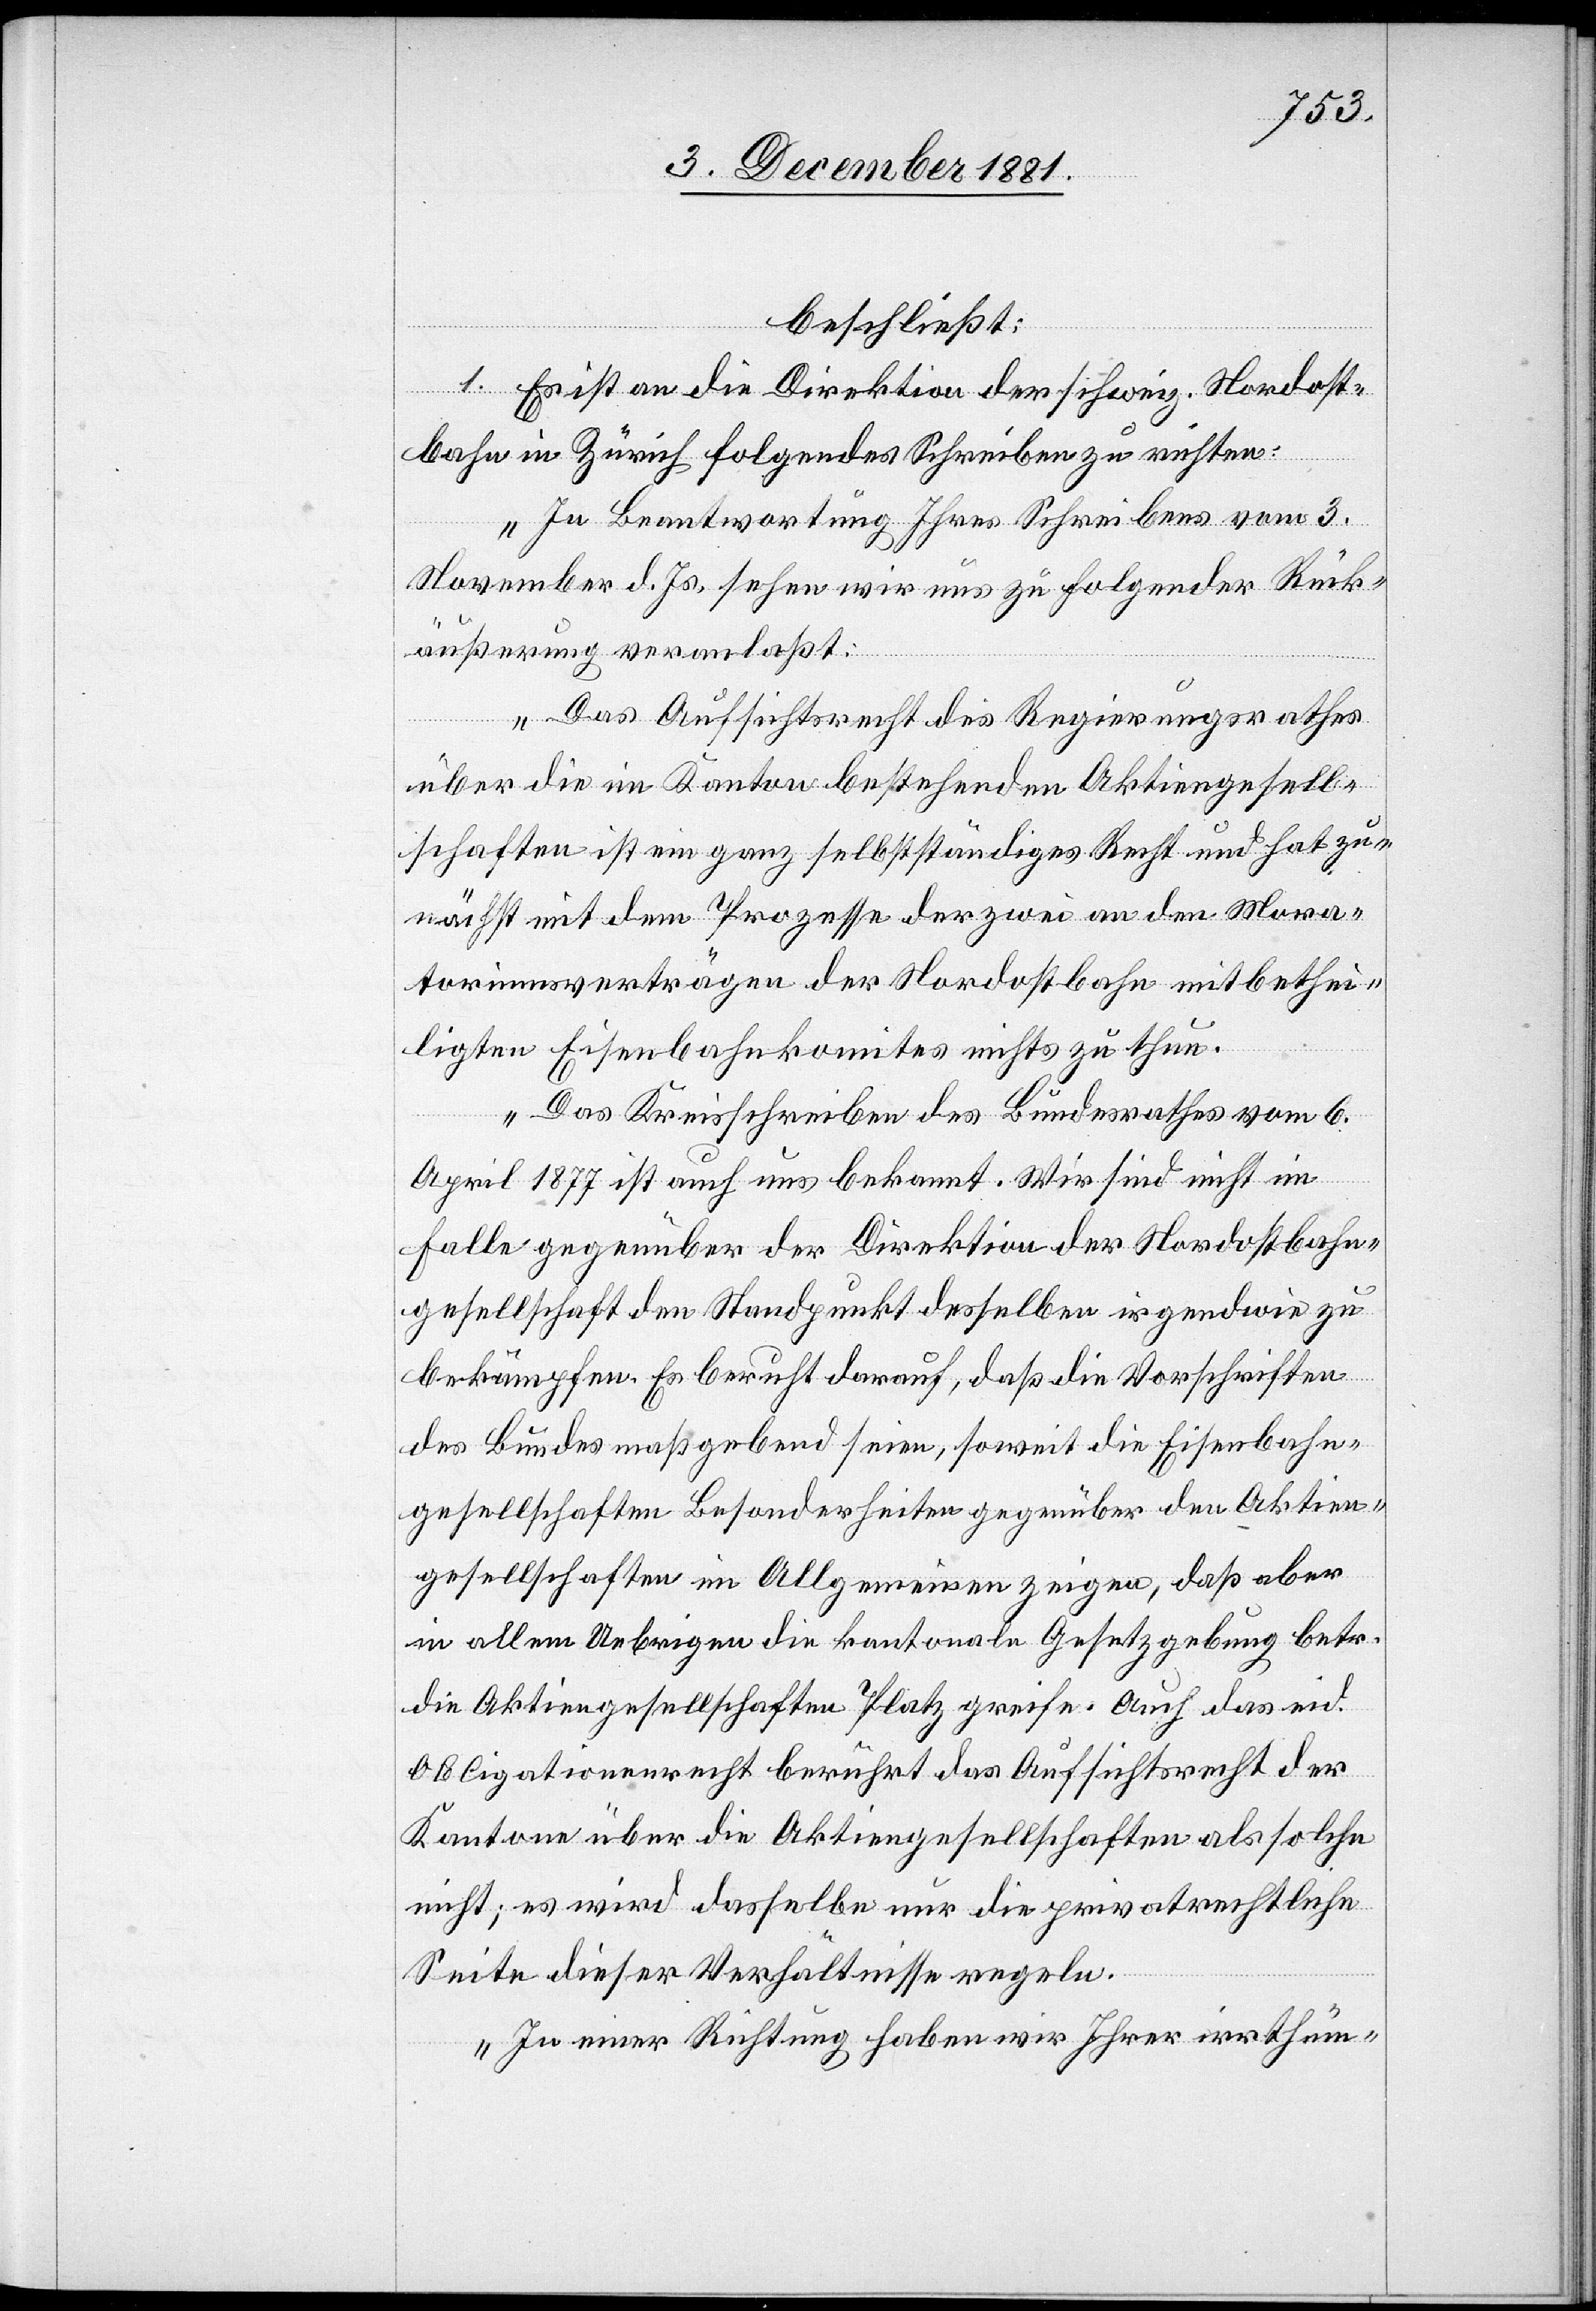
beschließt:
1. Es ist an die Direktion der schweiz. Nordost¬
bahn in Zürich folgendes Schreiben zu richten:
„In Beantwortung Ihres Schreibens vom 3.
November d. Js. sehen wir uns zu folgender Rück¬
äußerung veranlaßt:
Das Aufsichtsrecht des Regierungsrathes
über die im Kanton bestehenden Aktiengesell¬
schaften ist ein ganz selbstständiges Recht und hat zu¬
nächst mit dem Prozesse der zwei an den Mora¬
torinmsverträgen [sic!] der Nordostbahn mitbethei¬
ligten Eisenbahnkomites nichts zu thun.
Das Kreisschreiben des Bundesrathes vom 6.
April 1877 ist auch uns bekannt. Wir sind nicht im
Falle gegenüber der Direktion der Nordostbahn¬
gesellschaft den Standpunkt desselben irgendwie zu
bekämpfen. Es beruht darauf, daß die Vorschriften
des Bundes maßgebend seien, somit die Eisenbahn¬
gesellschaften Besonderheiten gegenüber den Aktien¬
gesellschaften im Allgemeinen zeigen, daß aber
in allem Uebrigen die kantonale Gesetzgebung betr.
die Aktiengesellschaften Platz greife. Auch das eid.
Obligationenrecht berührt das Aufsichtsrecht der
Kantone über die Aktiengesellschaften als solche
nicht; es wird dasselbe nur die privatrechtliche
Seite dieser Verhältnisse regeln.
In einer Richtung haben wir Ihrer irrthüm-